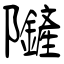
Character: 隡